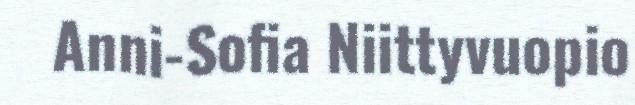
Anni-Sofia Niittyvuopio